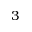
3